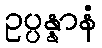
ဥပ္ပန္နာနံ